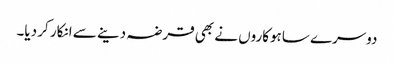
دوسرے ساہوکاروں نے بھی قرضہ دینے سے انکار کر دیا۔